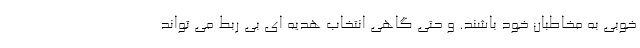
خوبی به مخاطبان خود باشند. و حتی گاهی انتخاب هدیه ای بی ربط می تواند